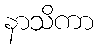
နာသိကာ